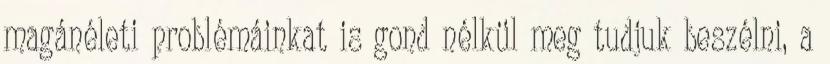
magánéleti problémáinkat is gond nélkül meg tudjuk beszélni, a